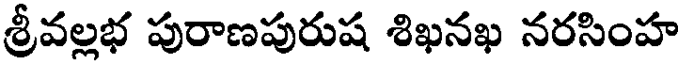
శ్రీవల్లభ పురాణపురుష శిఖనఖ నరసింహ